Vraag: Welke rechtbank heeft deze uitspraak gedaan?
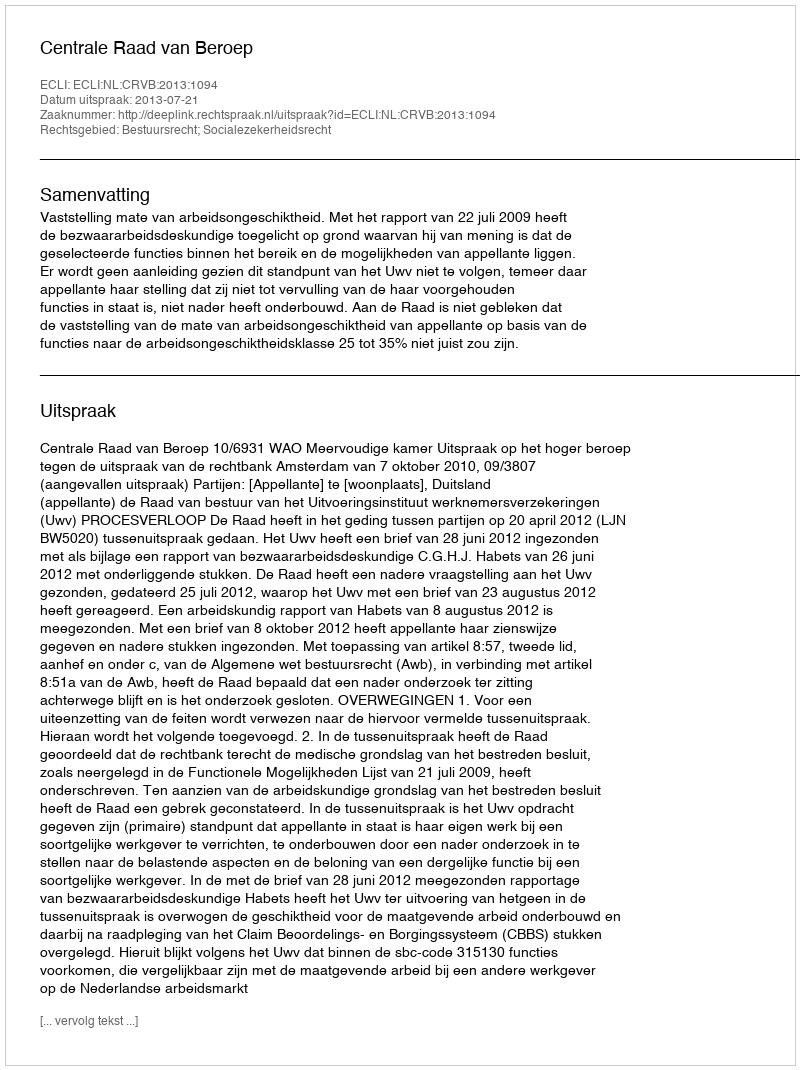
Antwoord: Centrale Raad van Beroep